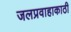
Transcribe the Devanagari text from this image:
जलप्रवाहाकाठी